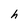
Character: C